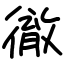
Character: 徹